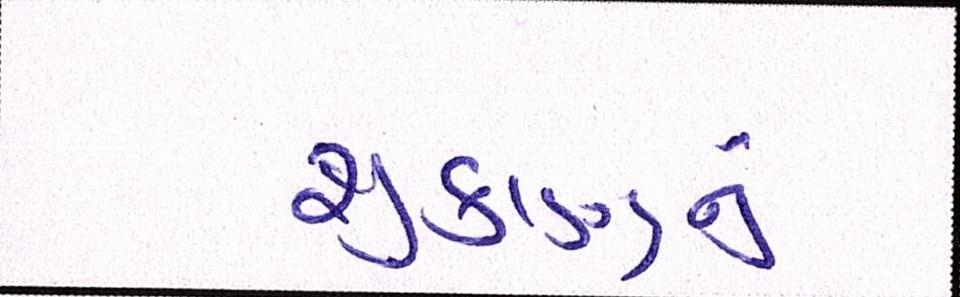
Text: શુક્રાણુનું